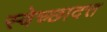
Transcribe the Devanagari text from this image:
स्वेच्छादत्त